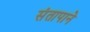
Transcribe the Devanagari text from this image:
संतापाने